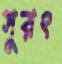
সুরৎ